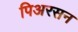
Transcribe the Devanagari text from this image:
पिअरसन